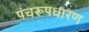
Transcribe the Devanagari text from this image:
पंचरूपधारण